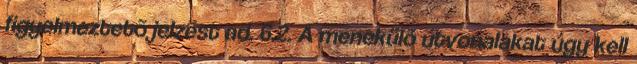
figyelmeztetõ jelzést ad. 6.2. A menekülõ útvonalakat úgy kell